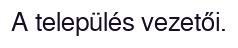
A település vezetői.